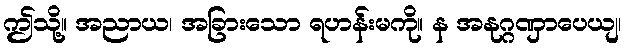
ဤသို့။ အညာယ၊ အခြားသော ရဟန်းမကို။ န အနုဂ္ဂဏှာပေယျ၊